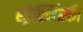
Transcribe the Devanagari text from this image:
स्ट्रैक्जिंस्की